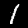
Digit: 1